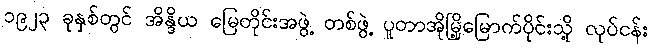
၁၉၂၃ ခုနှစ်တွင် အိန္ဒိယ မြေတိုင်းအဖွဲ့ တစ်ဖွဲ့ ပူတာအိုမြို့မြောက်ပိုင်းသို့ လုပ်ငန်း